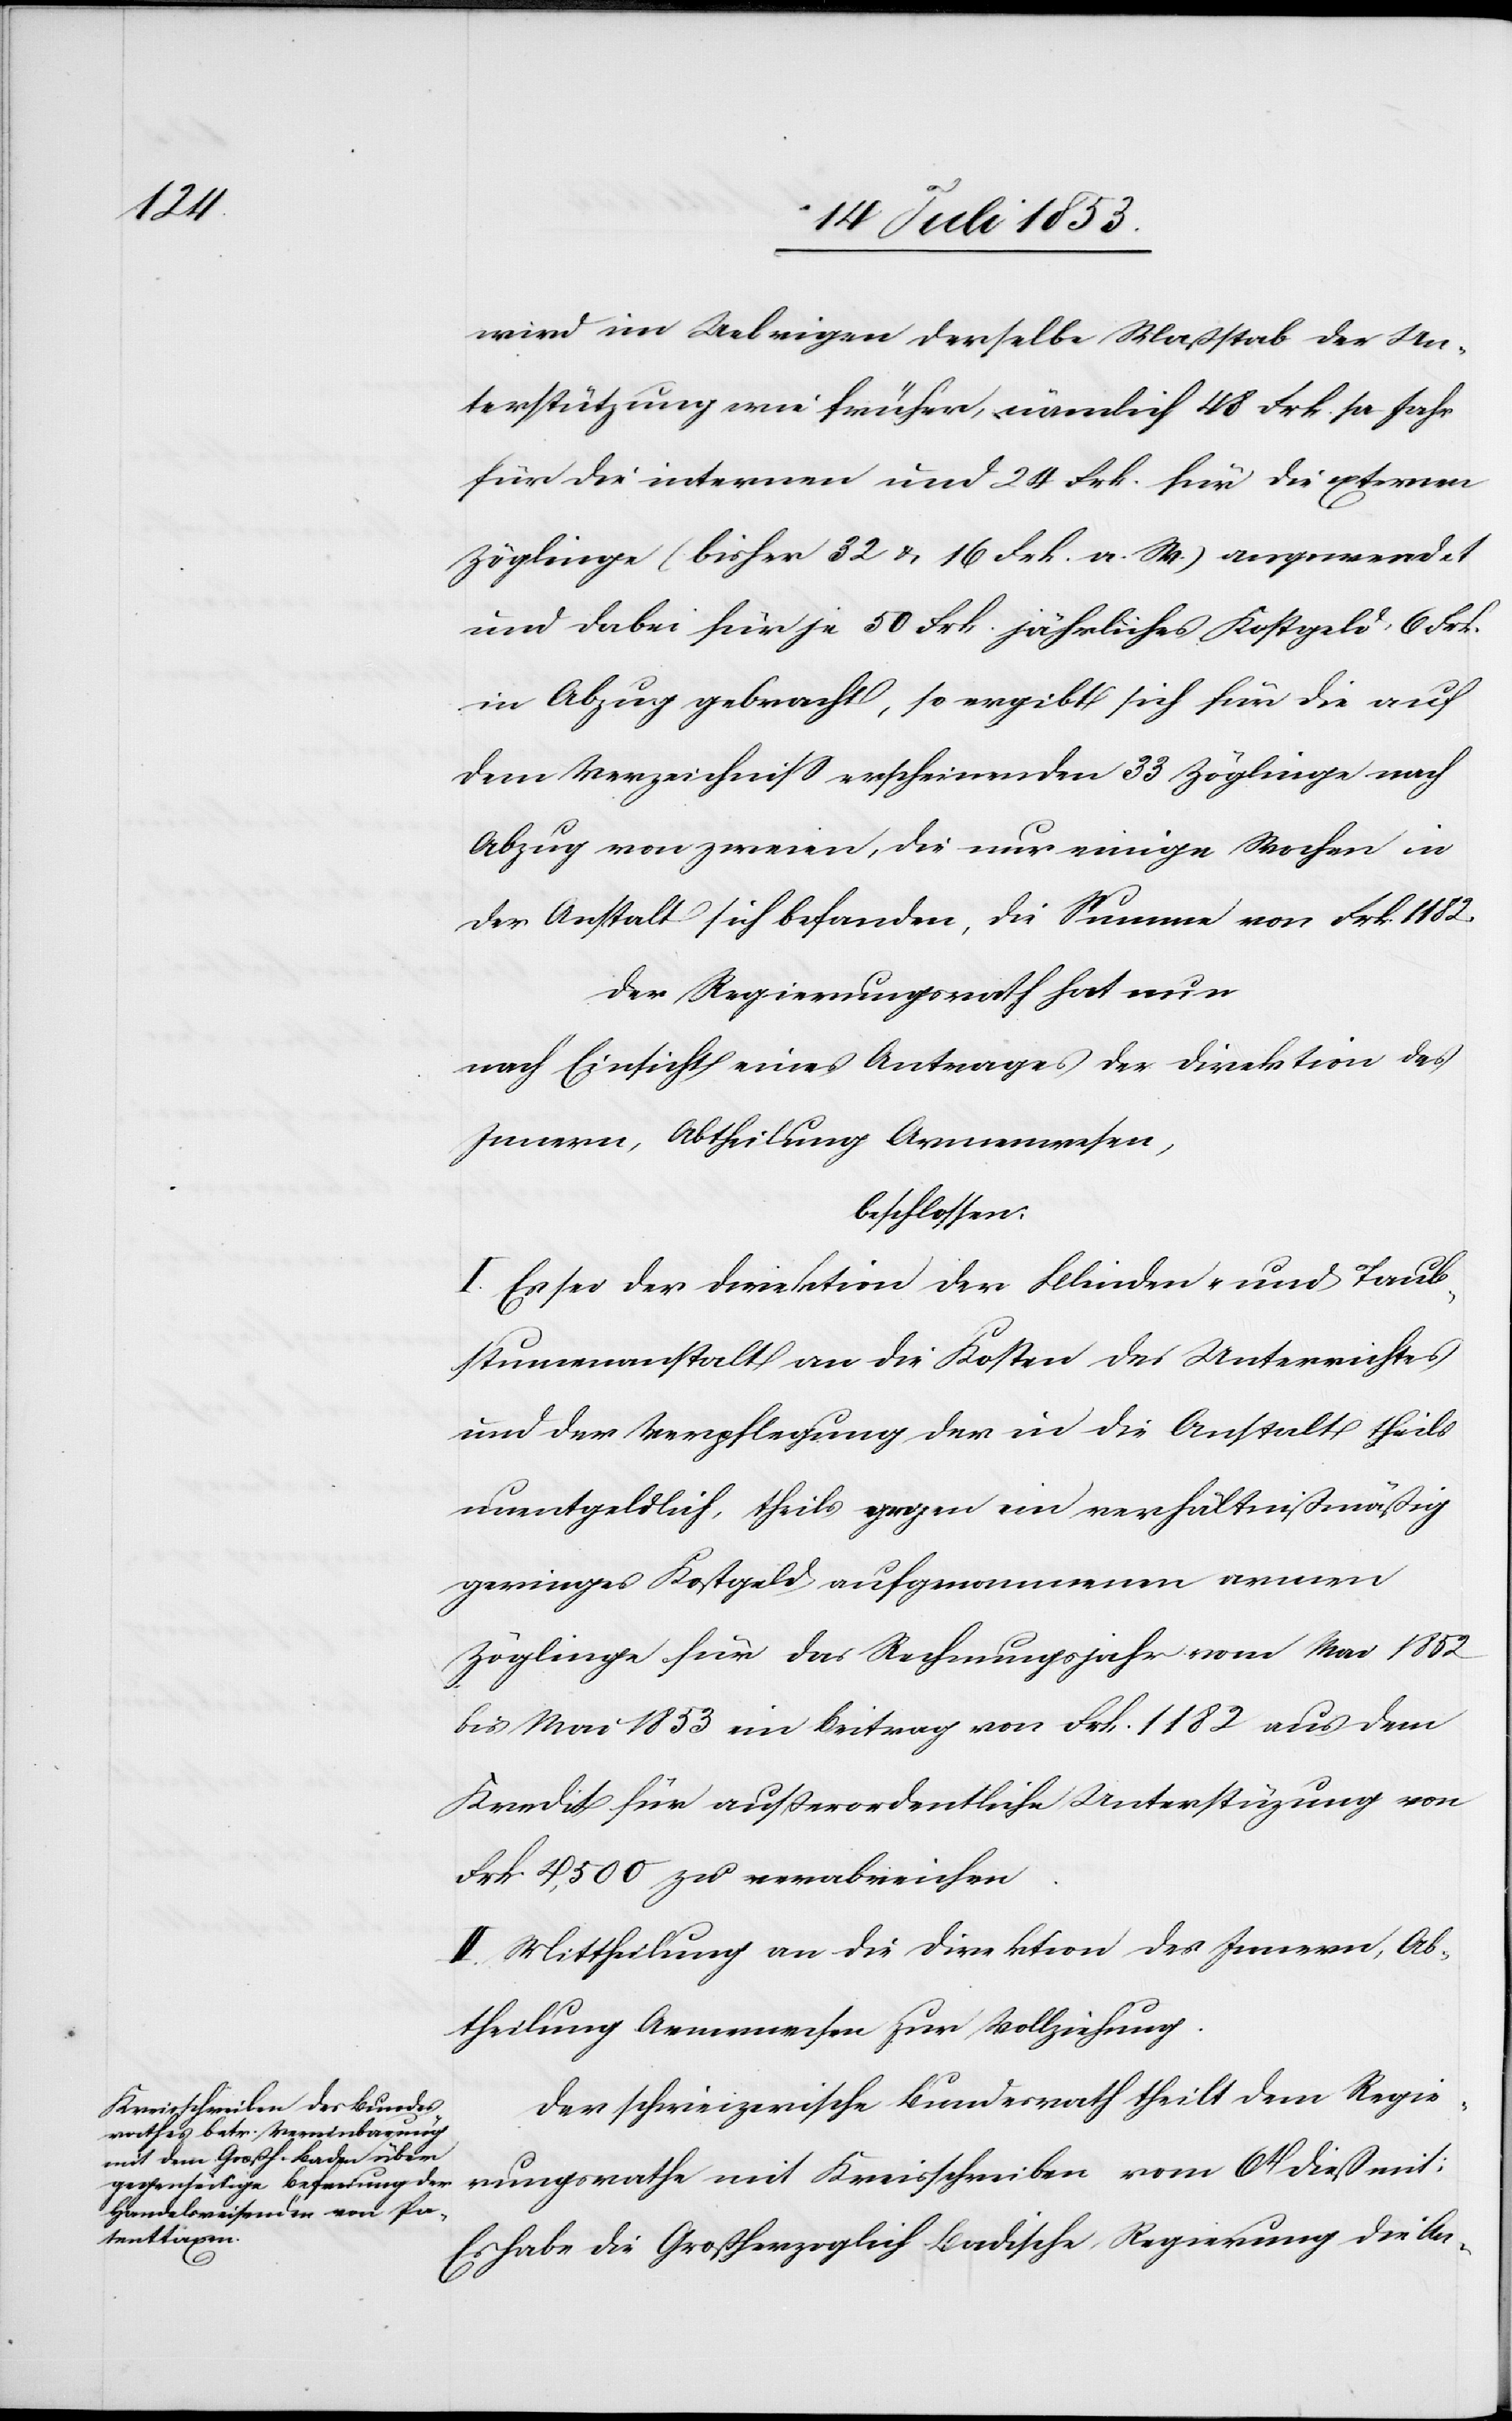
wird im Uebrigen derselbe Maßstab der Un¬
terstützung wie früher, nämlich 48 Frk. pro Jahr
für die internen und 24 Frk. für die externen
Zöglinge (bisher 32 & 16 Frk. a. W.) angewendet
und dabei für je 50 Frk. jährliches Kostgeld 6 Frk.
in Abzug gebracht, so ergibt sich für die auf
dem Verzeichniß erscheinenden 33 Zöglinge nach
Abzug von zweien, die nur einige Wochen in
der Anstalt sich befanden, die Summe von Frk. 1182.
Der Regierungsrath hat nun
nach Einsicht eines Antrages der Direktion des
Innern, Abtheilung Armenwesen,
beschlossen:
I. Es sei der Direktion der Blinden- und Taub¬
stummenanstalt an die Kosten des Unterrichtes
und der Verpflegung der in die Anstalt theils
unentgeldlich, theils gegen ein verhältnißmäßig
geringes Kostgeld aufgenommenen armen
Zöglinge für das Rechnungsjahr vom Mai 1852
bis Mai 1853 ein Beitrag von Frk. 1182 aus dem
Kredit für außerordentliche Unterstützung von
Frk. 4,500 zu verabreichen.
II. Mittheilung an die Direktion des Innern, Ab¬
theilung Armenwesen für Vollziehung.
Der schweizerische Bundesrath theilt dem Regie¬
rungsrathe mit Kreisschreiben vom 6t dieß mit:
Es habe die Großherzoglich Badische Regierung die An-